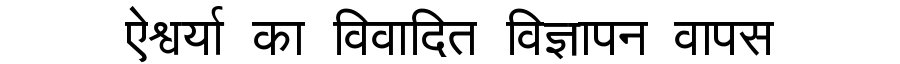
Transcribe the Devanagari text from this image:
ऐश्वर्या का विवादित विज्ञापन वापस